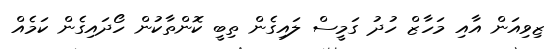
ޒިވިއަން އާއި މަހާޒް ހުދު ގަމީސް ލައިގެން ތިބީ ކޮންތާކުން ހޯދައިގެން ކަމެއް